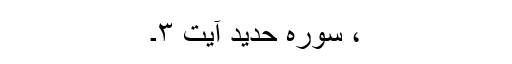
، سورہ حدید آیت ۳۔